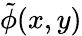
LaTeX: \tilde{\phi}(x,y)